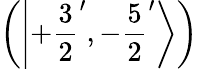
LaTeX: \left(\left|+{\frac{3}{2}}^{\prime},-{\frac{5}{2}}^{\prime}\right\rangle\right)